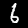
Label: 6